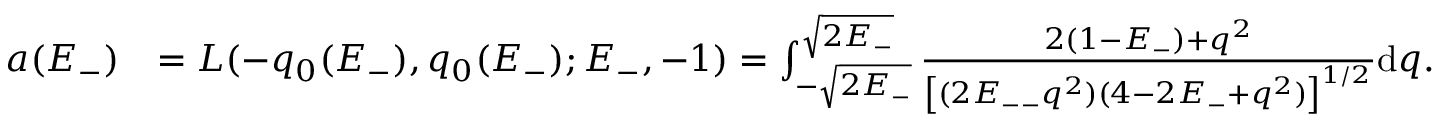
\begin{array} { r l } { a ( E _ { - } ) } & { = L ( - q _ { 0 } ( E _ { - } ) , q _ { 0 } ( E _ { - } ) ; E _ { - } , - 1 ) = \int _ { - \sqrt { 2 E _ { - } } } ^ { \sqrt { 2 E _ { - } } } \frac { 2 ( 1 - E _ { - } ) + q ^ { 2 } } { \left[ ( 2 E _ { -- } q ^ { 2 } ) ( 4 - 2 E _ { - } + q ^ { 2 } ) \right] ^ { 1 / 2 } } \mathrm { d } q . } \end{array}